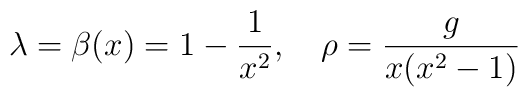
\lambda=\beta(x)=1-{1\over x^2},\quad   \rho={g\over x(x^2-1)}